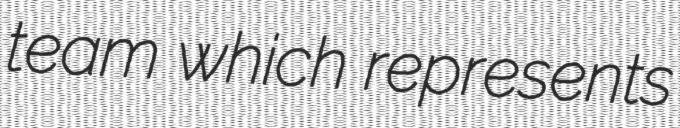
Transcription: team which represents